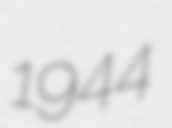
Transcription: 1944